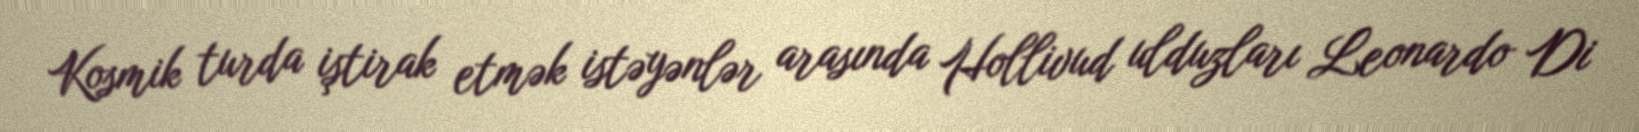
Kosmik turda iştirak etmək istəyənlər arasında Hollivud ulduzları Leonardo Di